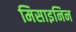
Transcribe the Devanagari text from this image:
मिसाइनिन